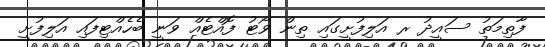
ފާތިމަތު ސައީދު ރ އަލިފުށީގައި ތިން ވޯޓު ފޮއްޓެއް ވަނީ ބެހެއްޓިފައި އަލިފުށީ